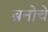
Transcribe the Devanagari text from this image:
ब्रनोचे